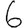
Digit: 6